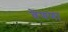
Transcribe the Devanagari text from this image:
वेणणा